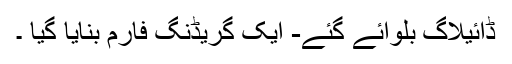
ڈائیلاگ بلوائے گئے- ایک گریڈنگ فارم بنایا گیا ۔